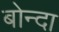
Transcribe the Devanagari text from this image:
बोन्‍दा